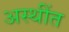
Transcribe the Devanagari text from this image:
अस्थींत